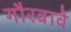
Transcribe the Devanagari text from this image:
गौरवावे